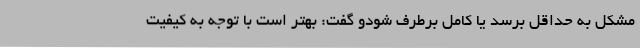
مشکل به حداقل برسد یا کامل برطرف شودو گفت: بهتر است با توجه به کیفیت